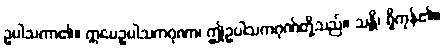
ဥပါသကာ၏။ ဣမေဥပါသကဂုဏာ၊ ဤဥပါသကဂုဏ်တို့သည်။ သန္တိ၊ ရှိကုန်၏။